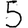
Digit: 5